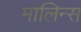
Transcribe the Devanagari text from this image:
मालिन्स